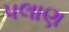
પલાણ